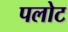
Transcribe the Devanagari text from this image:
पलोट